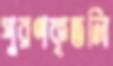
পুরণকৃতলি